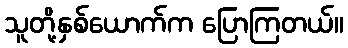
သူတို့နှစ်ယောက်က ပြောကြတယ်။